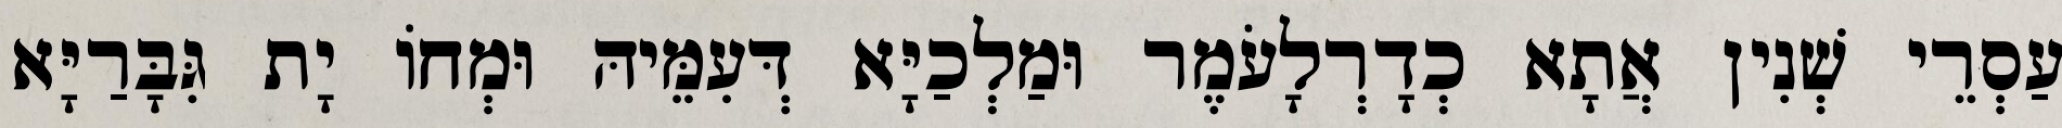
עַסְרֵי שְׁנִין אֲתָא כְדָרְלָעֹמֶר וּמַלְכַיָּא דְּעִמֵּיהּ וּמְחוֹ יָת גִּבָּרַיָּא